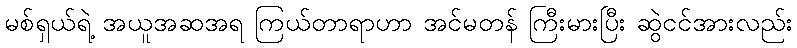
မစ်ရှယ်ရဲ့ အယူအဆအရ ကြယ်တာရာဟာ အင်မတန် ကြီးမားပြီး ဆွဲငင်အားလည်း